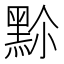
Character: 𪐳